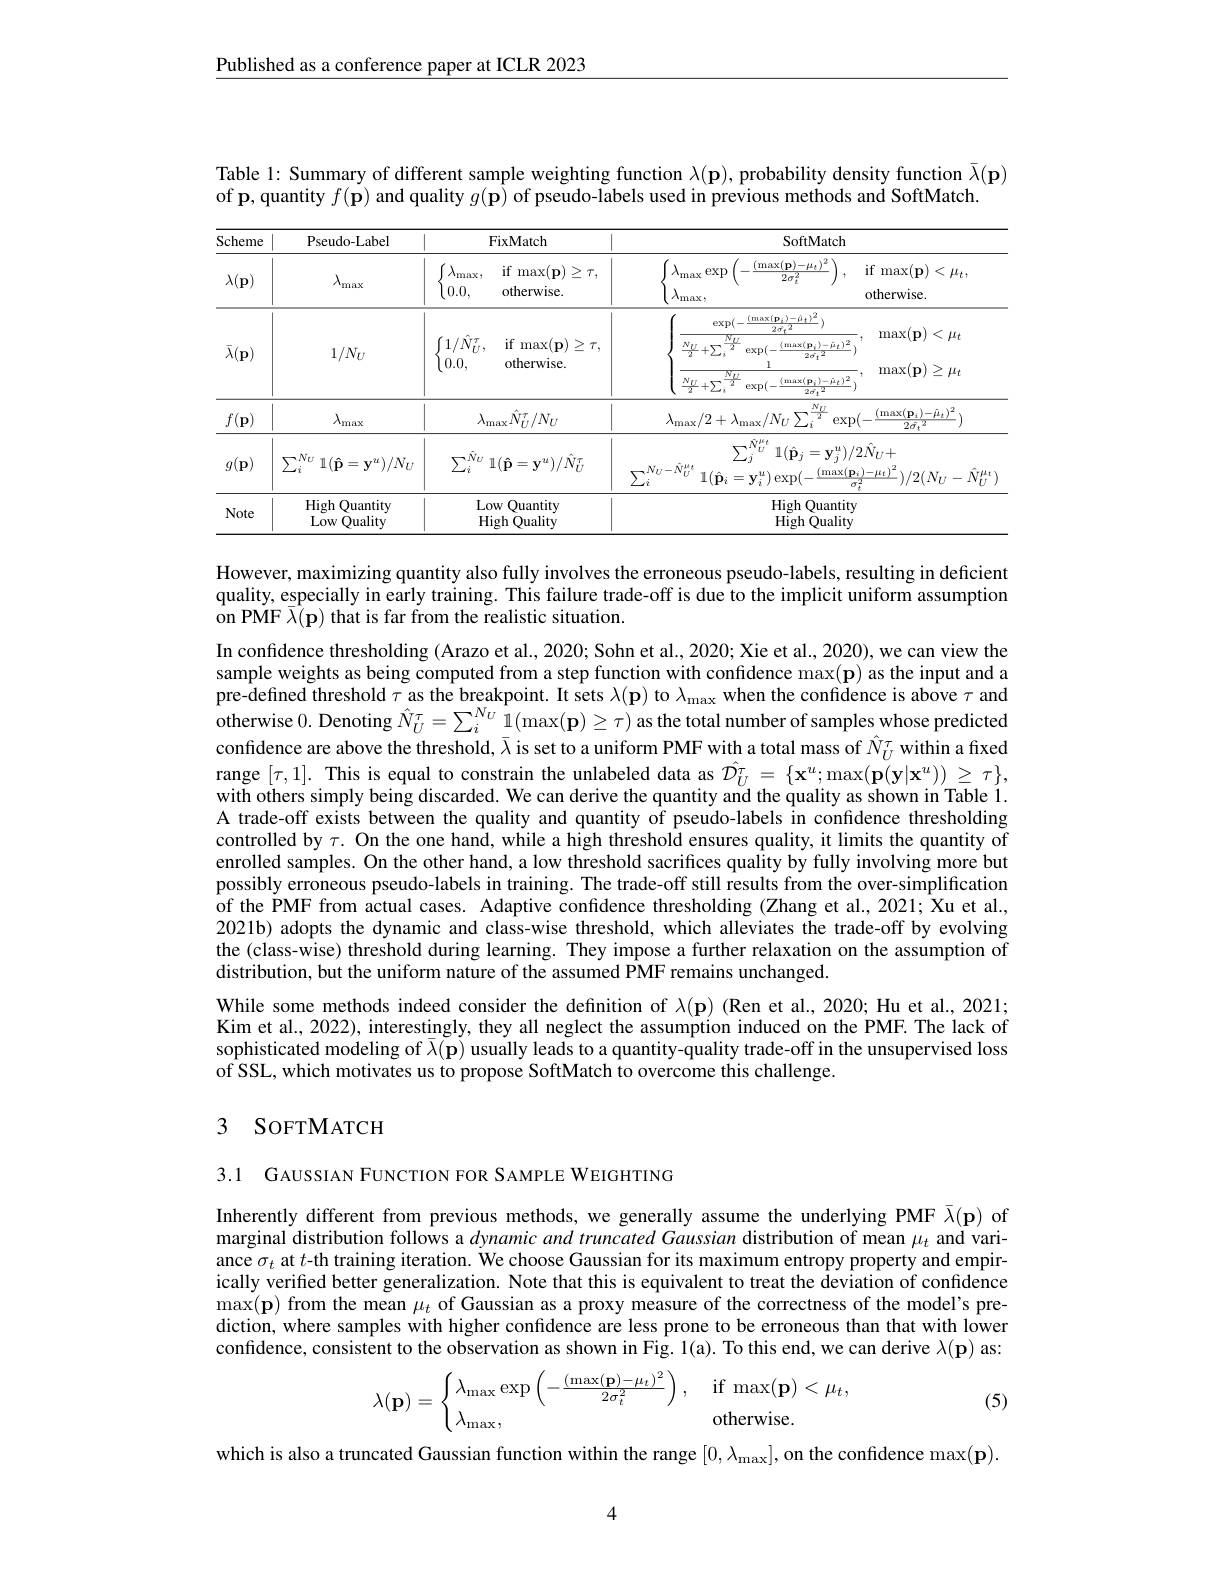
Published as a conference paper at ICLR 2023

Table 1: Summary of different sample weighting function $\lambda(\mathbf{p})$, probability density function $\bar{\lambda}(\mathbf{p})$
of p, quantity $f(\dot{\mathbf{p}})$ and quality $g(\hat{\mathbf{p}})$ of pseudo-labels used in previous methods and SoftMatch.

<table>
	<tbody>
		<tr>
			<th rowspan="2">Scheme $\lambda(\mathbf{p})$</th>
			<th rowspan="2">Pseudo- Label $\lambda_{\mathrm{max}}$</th>
			<th>FixMatch</th>
			<th>SoftMatch</th>
			<th rowspan="1">SoftMatch</th>
		</tr>
		<tr>
			<th>$\lambda_{\mathrm{max}}$ $if:$ $\max(\mathbf{p})$ $1\geq$ 0.0. otherwise.</th>
			<th>$\lambda_{\mathrm{max}}\exp$ $(\max(\mathbf{p})-\mu_t)^2$ $\overrightarrow{2\sigma_t^2}$ $\lambda_{\mathrm{max}}$,</th>
			<th>if max$(\mathbf{p})$ $1<\mu_t$, otherwise.</th>
		</tr>
		<tr>
			<td>$\bar{\lambda}(\mathbf{p})$</td>
			<td>$1/N_U$</td>
			<td>$\bigl(1/\hat{N}_{U}^{\tau}$, if max$(\mathbf{p})$ 0.0, otherwise.</td>
			<td>$\exp(-$ $(\max(\mathbf{p}_{i})-\hat{\mu}_{t})^{2}$ $\overline{2\sigma_{\mathrm{f}}^{2}}$ $\underline{N_U}$ $\underline{NU}$ $-+\sum_{i}$ 27 $\exp(-$ $(\max(\mathbf{p}_i)-\tilde{\mu}_t)^2$ 77 $\overline{2\sigma_{1}^{2}}$ 1 $\underline{N_U}$ $\underline{NU}$ $+\sum_{i}$ 2 $\exp(-$ $(\max(\mathbf{p}_{i})-\tilde{\mu}_{t})^{2}$ $\overline{2\sigma_{\mathrm{t}}^{2}}$</td>
			<td>,2 $\max(\mathbf{p})$ $)<\mu_t$ $-\tilde{\mu}_{t})^{2}$ $\max(\mathbf{p})\geq\mu_{t}$ $=\tilde{\mu}_{t})^{2}$</td>
		</tr>
		<tr>
			<td>$f(\mathbf{p})$</td>
			<td>$\lambda_\mathrm{max}$</td>
			<td>$\lambda_{\max}\hat{N}_U^\tau/N_U$</td>
			<td>$\frac{NU}{1}$ $\lambda_{\max}/2+\lambda_{\max}/N_{U}\sum_{i}^{\frac{\nu}{2}}$ $\exp$</td>
			<td>$\underline{NU}$ $\exp($ $(\max(\mathbf{p}_{i})-\tilde{\mu}_{t})^{2}$ 1- $\overline{2\sigma_{t}^{2}}$</td>
		</tr>
		<tr>
			<td>$g(\mathbf{p})$</td>
			<td>$\sum_{i}^{N_{U}}$ $\mathbb{1}(\hat{\mathbf{p}}=\mathbf{y}^u)/N_U$</td>
			<td>$\sum_{i_{i}}^{N_{U}}:$ $1(\hat{\mathbf{p}}=\mathbf{y}^{u})/\hat{N}_{U}^{\tau}$</td>
			<td>$\sum_{i}^{N_{U}^{\mu_{t}}}$ $\mathbb{1}(\hat{\mathbf{p}}_j=\mathbf{y}_j^u)$, $,N_U-\tilde{N}_U^{\mu_t}$ $\sum_{i}^{N}$ $1(\hat{\mathbf{p}}_i=\mathbf{y}_i^u)\exp(-$ $(\max(\mathbf{p}))$</td>
			<td>$\mathbf{y}_{i}^{u})/2N_{U}+$ $(\max(\mathbf{p}_{i})-\mu_{t})^{2}$ $\cdot)/2(N_{U}-\hat{N}_{U}^{\mu_{t}}$ $c$</td>
		</tr>
		<tr>
			<td>Note</td>
			<td>High $\textbf{quantity}$ Quality Low</td>
			<td>Low Quantity High Quality</td>
			<td>High Quantity High Quality</td>
			<td>$\textcircled{2}$uantity Quality</td>
		</tr>
	</tbody>
</table>

However, maximizing quantity also fully involves the erroneous pseudo-labels, resulting in deficient quality, especially in early training. This failure trade-off is due to the implicit uniform assumption on PMF $\overline{\lambda}(\mathbf{p})$ that is far from the realistic situation.

In confidence thresholding (Arazo et al., 2020; Sohn et al., 2020; Xie et al., 2020), we can view the sample weights as being computed from a step function with confidence max(p) as the input and a pre-defined threshold $\tau$ as the breakpoint. It sets $\lambda(\mathbf{p})$ to $\lambda_\mathrm{max}$ when the confidence is above $\tau$ and ${\mathrm{otherwise~0. ~Denoting~}\hat{N} }_{U}^{\tau }= \sum _{i}^{{N_{U}}}{\hat{1} }( \max ( \mathbf{p} ) \geq \tau )$ as the total number of samples whose predicted confidence are above the threshold, $\bar{\lambda}$ is set to a uniform PMF with a total mass of $\hat{N}_U^\tau$ within a fixed range $[\tau,1].$ This is equal to constrain the unlabeled data as $\hat{\mathcal{D}}_U^\tau=\{\mathbf{x}^u;\max(\mathbf{p}(\mathbf{y}|\mathbf{x}^u))\geq\tau\}$, with others simply being discarded. We can derive the quantity and the quality as shown in Table 1. A trade-off exists between the quality and quantity of pseudo-labels in confidence thresholding controlled by $\tau.$ On the one hand, while a high threshold ensures quality, it limits the quantity of enrolled samples. On the other hand, a low threshold sacrifices quality by fully involving more but possibly erroneous pseudo-labels in training. The trade-off still results from the over-simplification of the PMF from actual cases. Adaptive confidence thresholding (Zhang et al.,2021; Xu et al., 2021b) adopts the dynamic and class-wise threshold, which alleviates the trade-off by evolving the (class-wise) threshold during learning. They impose a further relaxation on the assumption of distribution, but the uniform nature of the assumed PMF remains unchanged.
While some methods indeed consider the definition of $\lambda(\mathbf{p})$ (Ren et al., 2020; Hu et al., 2021; Kim et al., 2022), interestingly, they all neglect the assumption induced on the PMF. The lack of

sophisticated modeling of $\bar{\lambda}(\mathbf{p})$ usually leads to a quantity-quality trade-off in the unsupervised loss
of SSL, which motivates us to propose SoftMatch to overcome this challenge.

# 3 SOFTMATCH

3.1 GAUSSIAN FUNCTION FOR SAMPLE WEIGHTING

Inherently different from previous methods, we generally assume the underlying PMF $\bar{\lambda}(\mathbf{p})$ of marginal distribution follows a dynamicand truncated Gaussian distribution of mean $\mu_t$ and variance $\sigma_t$ at t-th training iteration. We choose Gaussian for its maximum entropy property and empirically verified better generalization. Note that this is equivalent to treat the deviation of confidence $\max(\mathbf{p})$ from the mean $\mu_t$ of Gaussian as a proxy measure of the correctness of the model's prediction, where samples with higher confidence are less prone to be erroneous than that with lower confidence, consistent to the observation as shown in Fig. 1(a). To this end, we can derive $\lambda(\mathbf{p})$ as:
$$\lambda(\mathbf{p})=\begin{cases}\lambda_{\max}\exp\left(-\frac{(\max(\mathbf{p})-\mu_t)^2}{2\sigma_t^2}\right),&\text{if}\max(\mathbf{p})<\mu_t,\\\lambda_{\max},&\text{otherwise.}\end{cases}$$
(5)

which is also a truncated Gaussian function within the range $[0,\lambda_{\mathrm{max}}]$, on the confidence $\max(\mathbf{p}).$

4